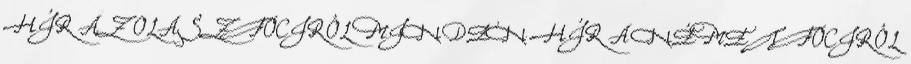
HÍR AZ OLASZ FOCIRÓL MINDEN HÍR A NÉMET FOCIRÓL